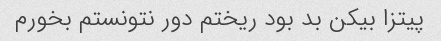
پیتزا بیکن بد بود ریختم دور نتونستم بخورم